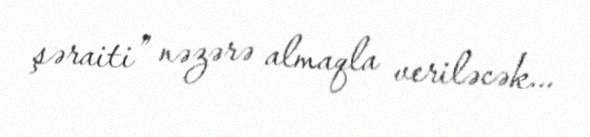
şəraiti” nəzərə almaqla veriləcək...